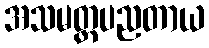
အသမတ္ထပညတာယ